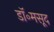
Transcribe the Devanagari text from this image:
डॉ॰मसूद